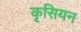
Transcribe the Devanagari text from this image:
कृसियन